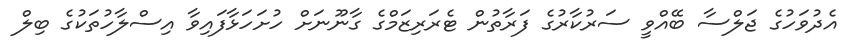
އެދުވަހުގެ ޖަލްސާ ބޭއްވީ ސަރުކާރުގެ ފަރާތުން ޓެރަރިޒަމްގެ ގާނޫނަށް ހުށަހަޅާފައިވާ އިސްލާހުތަކުގެ ބިލް